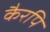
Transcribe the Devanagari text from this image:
कैरपि